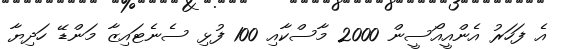
އެ ފަހަރު އެންއީއޯސީން 2000 މާސްކާއި 100 ފުޅި ސެނެޓައިޒާ މަންޑޭ ހަދިޔާ